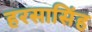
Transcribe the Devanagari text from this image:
हरसासिंह